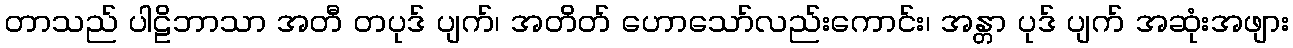
တာသည် ပါဠိဘာသာ အတီ တပုဒ် ပျက်၊ အတိတ် ဟောသော်လည်းကောင်း၊ အန္တာ ပုဒ် ပျက် အဆုံးအဖျား